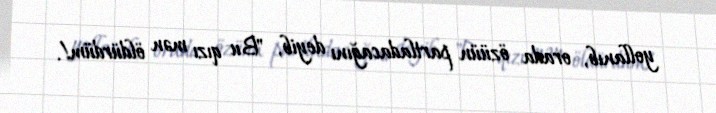
yollanıb, orada özüün partladacağını deyib, "Bu qızı mən öldürdüm!.